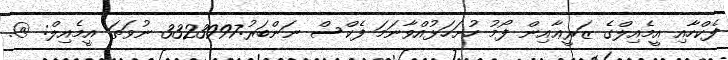
ފެކްހާއި އީމެއިލްގެ ޒަރީޢާއިން ފޯމު ހުށަހަޅުއްވާނަމަ ފެކްސް ނަންބަރު:3323997 ނުވަތަ އީމެއިލް: @.